Annual administration report of the Civil Veterinary Department of India - 1895-1896
Year: 1895
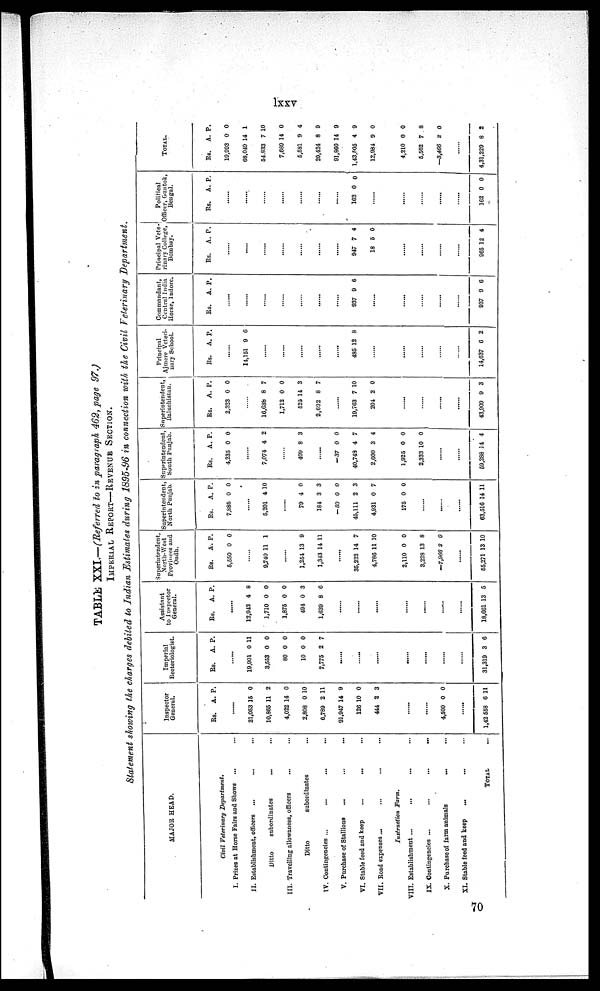
lXXV
TABLE XXI.—(Referred to in paragraph 462, page 97.)
IMPERIAL REPORT—REVENUE SECTION.
Statement showing the charges debited to Indian Estimates during 1895-96 in connection with the Civil Feterinary Department.
MAJOR HEAD.
Civil Veterinary Department. ...
I. Prizes at Horse Fairs and Shows
... ...
II. Establishment, officers ... ...
Ditto
subordinates
...
......
III. Travelling allowances, officers ... ... ... ...
Ditto
subordinates ...
IV. Contingencies ...
...
......
V. Purchase of Stallions
...
...
...
VI. Stable feed and keep ... ... ...
VII. Road expenses ...
...
...
...
Instruction
Farm.
VIII. Establishment ... ... ... ...
IX. Contingencies ...
...
...
...
X. Purchase of farm animate
...
...
...
XI. Stable feed and keep
... ... ... ...
TOTAL
...
Inspector
General.
Rs.
A. P.
......
21,053
10,865
4,022
2,808
6,789
91,847
126
444
15
11
14
0
2
14
10
2
0
2
0
10
11
9
0
3
......
......
4,500 0 0
......
1,42 558
6 11
Imperial
Becteriologist.
Rs.
A. P.
......
19,901
3,553
80
10
7,775
0
0
0
0
2
11
0
0
0
7
......
......
......
......
......
......
31,319 3 6
Assistant
to Inspctor
General.
Rs.
A. P.
......
12,043
1,710
1,875
494
1,639
4
0
0
0
8
8
0
0
3
6
......
......
......
......
......
......
18,661 13 5
Superintendent
North-West
Provinces and
Oudh
Rs.
A. P.
5,550 0 0
......
9,740 11 1
......
1,254
1,343
13
14
9
11
35,222
4,786
14
11
7
10
2,110
3,228
—7,966
0
13
2
0
8
0
......
55,271 13 10
Superintendent
North Punjab
Rs.
A. P.
7,885 0 0
......
5,201 4 10
......
79
184
— 50
45,111
4,931
4
3
0
2
0
0
3
0
3
7
175 0 0
.....
.....
......
63,516 14 11
Superintendent,
South
Punjab
Rs.
A. P.
4,235 0 0
......
7,074 4 2
......
409 8 3
—37
40,749
2,600
0
4
3
0
7
4
1,925
2,333
0
10
0
0
......
69,288 14
4
Superintendent
Baluchistan.
Rs.
A. P.
2,323 0
0
......
16,638
1,712
525
2,692
8
0
14
8
7
0
3
7
......
19,763
204
7
2
10
0
......
43,909 9 3
Principal
Ajmere Vete-
nary School
Rs.
A. P.
......
14,151 9 6
......
......
......
......
......
485 12 8
......
......
......
......
......
14,637 6 2
Commandant,
Central India
Horse, Indore
Rs.
A. P.
......
......
......
......
......
......
......
937 9 6
......
......
......
......
......
937 9 6
Principal Vete-
rinary College,
Bombay.
Rs.
A. P.
......
......
......
......
......
......
......
947
18
7
5
4
0
......
......
......
......
965 12 4
Political
Officer, Guntok,
Bengal.
Rs.
A. P.
......
......
......
......
......
......
......
162 0 0
......
......
......
......
......
162 0 0
TOTAL.
Rs.
A. P.
19,993
68,049
54,833
7,689
5,581
20,424
91,860
1,43,505
12,984
0
14
7
14
9
8
14
4
9
0
1
10
0
4
9
9
9
0
4,210
6,562
—3,466
0
7
2
0
8
0
......
4,31,229 8
2
70